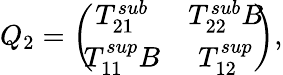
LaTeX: Q_{2}=\left(\! \! \begin{array}{cc}{T_{21}^{sub}}&{T_{22}^{sub}B}\\ {T_{11}^{sup}B}&{T_{12}^{sup}}\end{array}\! \! \right),